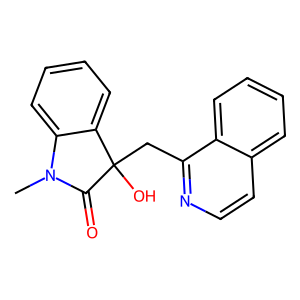
SMILES: CN1C(=O)C(O)(Cc2nccc3ccccc23)c2ccccc21
Inhibits HIV replication: No